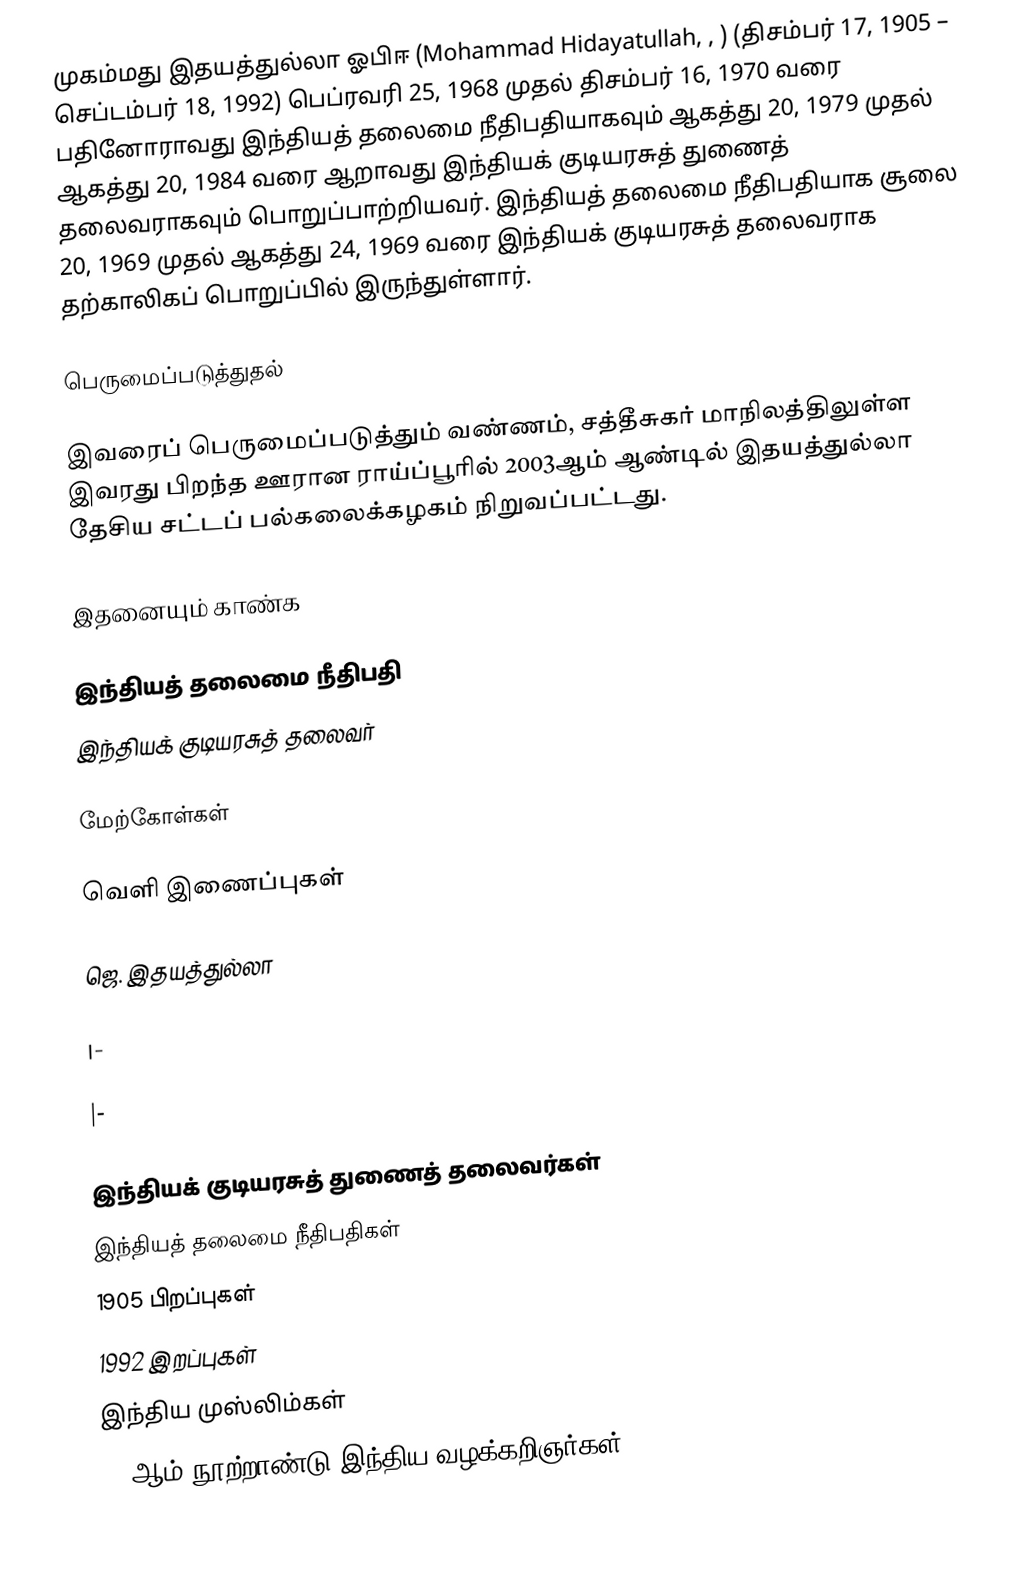
முகம்மது இதயத்துல்லா ஓபிஈ (Mohammad Hidayatullah, , ) (திசம்பர் 17, 1905 –  செப்டம்பர் 18, 1992) பெப்ரவரி 25, 1968 முதல் திசம்பர் 16, 1970 வரை  பதினோராவது இந்தியத் தலைமை நீதிபதியாகவும் ஆகத்து 20, 1979 முதல் ஆகத்து 20, 1984 வரை ஆறாவது இந்தியக் குடியரசுத் துணைத் தலைவராகவும் பொறுப்பாற்றியவர்.  இந்தியத் தலைமை நீதிபதியாக  சூலை 20, 1969 முதல் ஆகத்து 24, 1969 வரை இந்தியக் குடியரசுத் தலைவராக தற்காலிகப் பொறுப்பில் இருந்துள்ளார்.

பெருமைப்படுத்துதல்

இவரைப் பெருமைப்படுத்தும் வண்ணம், சத்தீசுகர் மாநிலத்திலுள்ள இவரது பிறந்த ஊரான  ராய்ப்பூரில் 2003ஆம் ஆண்டில் இதயத்துல்லா தேசிய சட்டப் பல்கலைக்கழகம் நிறுவப்பட்டது.

இதனையும் காண்க

 இந்தியத் தலைமை நீதிபதி
 இந்தியக் குடியரசுத் தலைவர்

மேற்கோள்கள்

வெளி இணைப்புகள்

 ஜெ. இதயத்துல்லா

|-

|-

இந்தியக் குடியரசுத் துணைத் தலைவர்கள்
இந்தியத் தலைமை நீதிபதிகள்
1905 பிறப்புகள்
1992 இறப்புகள்
இந்திய முஸ்லிம்கள்
20 ஆம் நூற்றாண்டு இந்திய வழக்கறிஞர்கள்